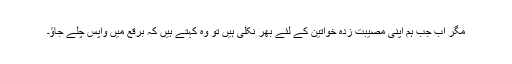
مگر اب جب ہم اپنی مصیبت زدہ خواتین کے لئے بھر نکلی ہیں تو وہ کہتے ہیں کہ برقع میں واپس چلے جاؤ۔